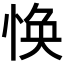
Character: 𢚾